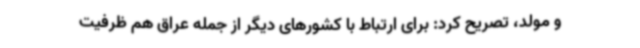
و مولد، تصریح کرد: برای ارتباط با کشورهای دیگر از جمله عراق هم ظرفیت